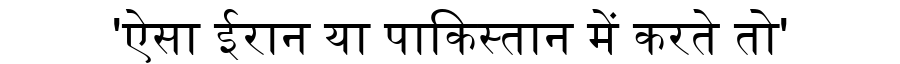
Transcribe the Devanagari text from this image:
'ऐसा ईरान या पाकिस्तान में करते तो'